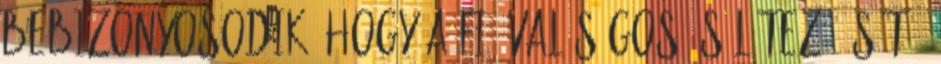
bebizonyosodik, hogy a fiú valóságos és létező, sőt ő